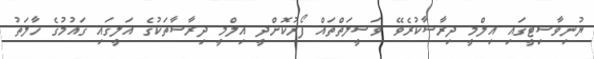
ޔުނިވާސިޓީގައި އިލްމީ ދިރާސާކުރެވޭ ވަސީލަތްތައް ފޯރުކޮށްދީ އިލްމީ ދިރާސާތަކުގެ އަލީގައި ގައުމުގެ ހާލަތު